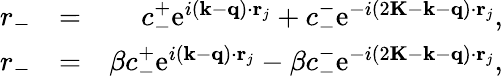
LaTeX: \begin{array}{rlr}{r_{-}}&{=}&{c_{-}^{+}\mathrm{e}^{i(\mathbf{k}-\mathbf{q})\cdot\mathbf{r}_{j}}+c_{-}^{-}\mathrm{e}^{-i(2\mathbf{K}-\mathbf{k}-\mathbf{q})\cdot\mathbf{r}_{j}},}\\ {r_{-}}&{=}&{\beta c_{-}^{+}\mathrm{e}^{i(\mathbf{k}-\mathbf{q})\cdot\mathbf{r}_{j}}-\beta c_{-}^{-}\mathrm{e}^{-i(2\mathbf{K}-\mathbf{k}-\mathbf{q})\cdot\mathbf{r}_{j}},}\end{array}